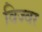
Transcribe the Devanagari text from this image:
विज्वर